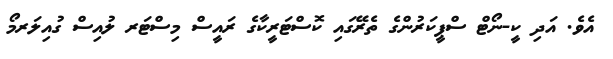
އެވެ. އަދި ކީ-ނޯޓް ސްޕީކަރުންގެ ތެރޭގައި ކޮސްޓަރީކާގެ ރައީސް މިސްޓަރ ލުއިސް ގުއިލަރމޯ